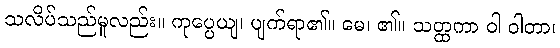
သလိပ်သည်မူလည်း။ ကုပ္ပေယျ၊ ပျက်ရာ၏။ မေ၊ ၏။ သတ္ထကာ ဝါ ဝါတာ၊